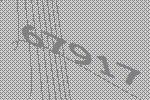
67917